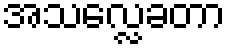
အသလ္လေခတာ